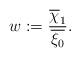
LaTeX: \begin{align*}w:=\frac{\overline{\chi}_1}{\overline{\xi_0}}.\end{align*}